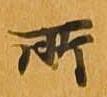
所